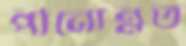
পীনোন্নত